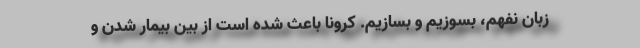
زبان نفهم، بسوزیم و بسازیم. کرونا باعث شده است از بین بیمار شدن و